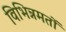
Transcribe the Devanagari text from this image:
विभिन्नमतों